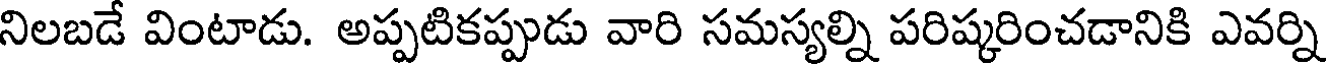
నిలబడే వింటాడు. అప్పటికప్పుడు వారి సమస్యల్ని పరిష్కరించడానికి ఎవర్ని